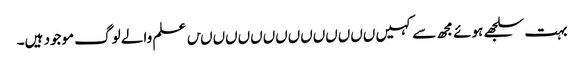
بہت سلجھے ہوئے مجھ سے کہیں ںںںںںںںںںںںںںںں علم والے لوگ موجود ہیں۔